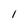
Character: l